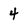
Character: 4